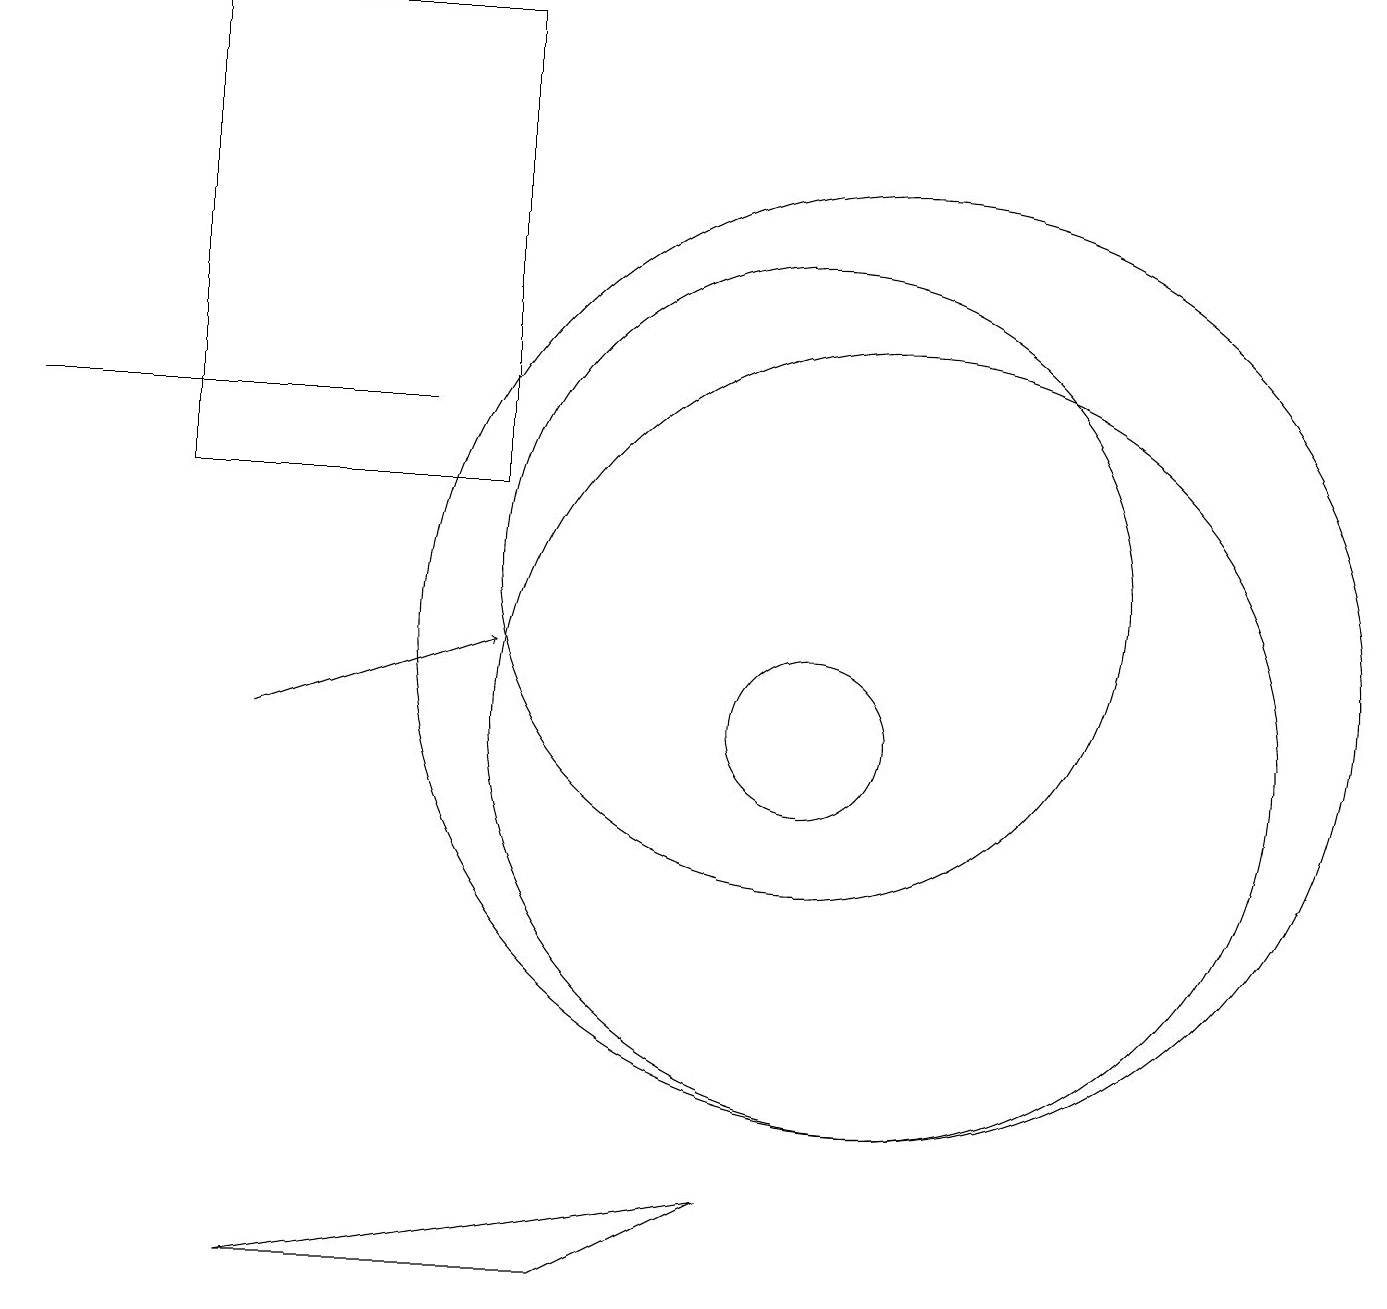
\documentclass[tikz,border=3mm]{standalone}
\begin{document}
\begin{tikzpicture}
\draw (10,12) circle (4);
\draw (11,10) circle (5);
\draw (5,14) rectangle (0,14);
\draw[->] (3,10) -- (6,11);
\draw (9,4) -- (7,3) -- (3,3) -- cycle;
\draw (10,10) circle (1);
\draw (11,11) circle (6);
\draw (2,13) rectangle (6,19);
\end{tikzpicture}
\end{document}